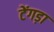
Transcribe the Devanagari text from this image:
टेंगड़ा